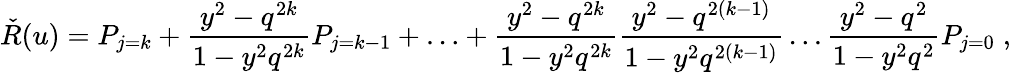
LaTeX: \check{R}(u)=P_{j=k}+\frac{y^{2}-q^{2k}}{1-y^{2}q^{2k}}P_{j=k-1}+\ldots+\frac{y^{2}-q^{2k}}{1-y^{2}q^{2k}}\frac{y^{2}-q^{2(k-1)}}{1-y^{2}q^{2(k-1)}}\ldots\frac{y^{2}-q^{2}}{1-y^{2}q^{2}}P_{j=0}\; ,